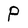
Character: P